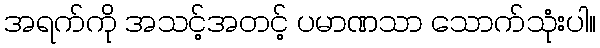
အရက်ကို အသင့်အတင့် ပမာဏသာ သောက်သုံးပါ။